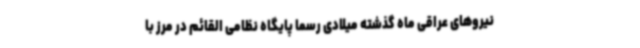
نیروهای عراقی ماه گذشته میلادی رسما پایگاه نظامی القائم در مرز با